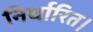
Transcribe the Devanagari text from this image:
निर्धारित।